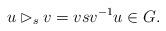
LaTeX: \begin{align*}u \rhd_s v= vsv^{-1} u \in G. \end{align*}